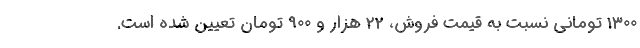
1300 تومانی نسبت به قیمت فروش، 22 هزار و 900 تومان تعیین شده است.